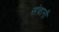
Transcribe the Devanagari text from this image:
संचानी